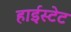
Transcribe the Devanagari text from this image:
हाईस्टेट